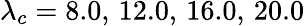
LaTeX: \lambda_{c}=8.0,\, 12.0,\, 16.0,\, 20.0